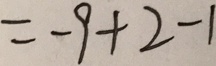
= - 9 + 2 - 1